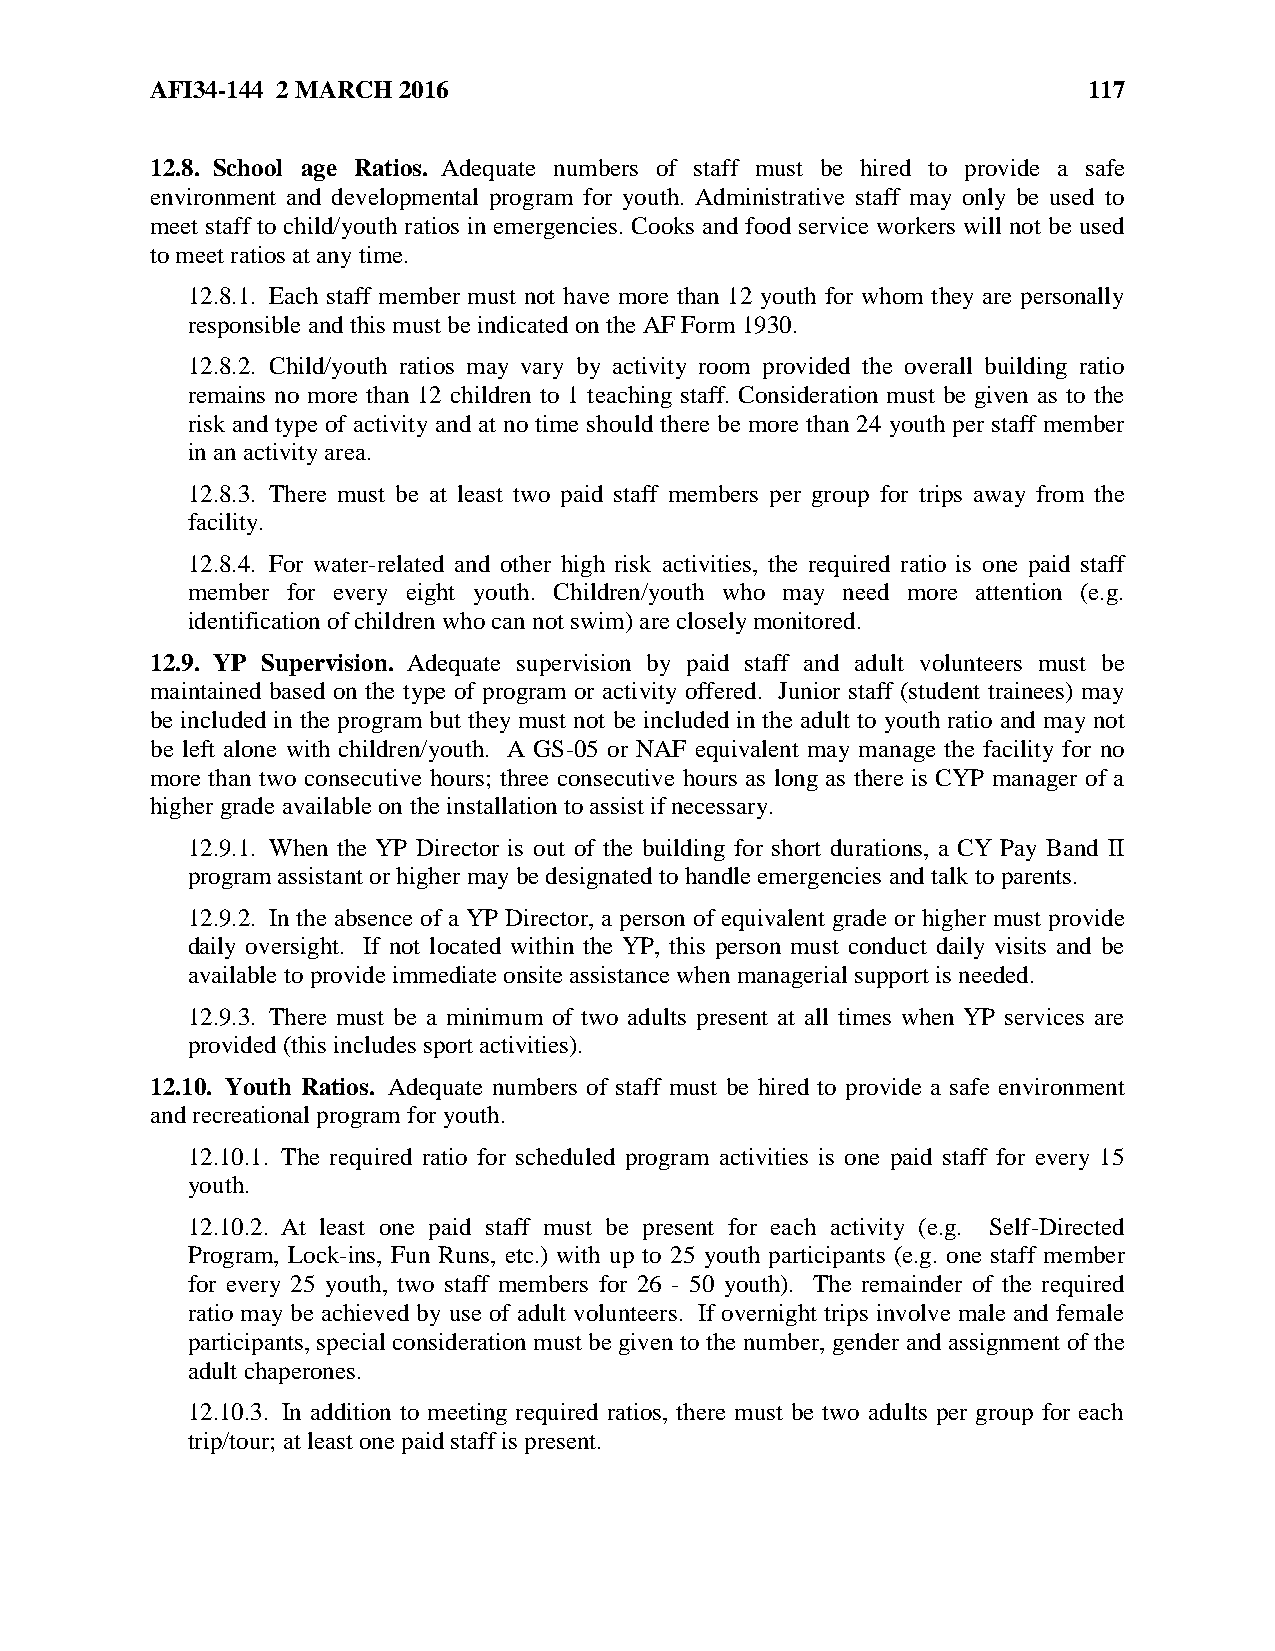
AFI34-144 2 MARCH 2016                                        117
 12.8. School age Ratios. Adequate numbers of staff must be hired to provide a safe
 environment and developmental program for youth. Administrative staff may only be used to
 meet staff to child/youth ratios in emergencies. Cooks and food service workers will not be used
 to meet ratios at any time.
 12.8.1. Each staff member must not have more than 12 youth for whom they are personally
 responsible and this must be indicated on the AF Form 1930.
 12.8.2. Child/youth ratios may vary by activity room provided the overall building ratio
 remains no more than 12 children to 1 teaching staff. Consideration must be given as to the
 risk and type of activity and at no time should there be more than 24 youth per staff member
 in an activity area.
 12.8.3. There must be at least two paid staff members per group for trips away from the
 facility.
 12.8.4. For water-related and other high risk activities, the required ratio is one paid staff
 member for every eight youth. Children/youth who may need more attention (e.g.
 identification of children who can not swim) are closely monitored.
 12.9. YP Supervision. Adequate supervision by paid staff and adult volunteers must be
 maintained based on the type of program or activity offered. Junior staff (student trainees) may
 be included in the program but they must not be included in the adult to youth ratio and may not
 be left alone with children/youth. A GS-05 or NAF equivalent may manage the facility for no
 more than two consecutive hours; three consecutive hours as long as there is CYP manager of a
 higher grade available on the installation to assist if necessary.
 12.9.1. When the YP Director is out of the building for short durations, a CY Pay Band II
 program assistant or higher may be designated to handle emergencies and talk to parents.
 12.9.2. In the absence of a YP Director, a person of equivalent grade or higher must provide
 daily oversight. If not located within the YP, this person must conduct daily visits and be
 available to provide immediate onsite assistance when managerial support is needed.
 12.9.3. There must be a minimum of two adults present at all times when YP services are
 provided (this includes sport activities).
 12.10. Youth Ratios. Adequate numbers of staff must be hired to provide a safe environment
 and recreational program for youth.
 12.10.1. The required ratio for scheduled program activities is one paid staff for every 15
 youth.
 12.10.2. At least one paid staff must be present for each activity (e.g. Self-Directed
 Program, Lock-ins, Fun Runs, etc.) with up to 25 youth participants (e.g. one staff member
 for every 25 youth, two staff members for 26 - 50 youth). The remainder of the required
 ratio may be achieved by use of adult volunteers. If overnight trips involve male and female
 participants, special consideration must be given to the number, gender and assignment of the
 adult chaperones.
 12.10.3. In addition to meeting required ratios, there must be two adults per group for each
 trip/tour; at least one paid staff is present.